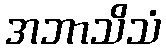
အဘာသိသံ